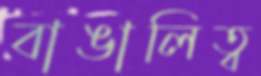
বাঙালিত্ব